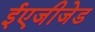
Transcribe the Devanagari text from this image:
ईएजीजेड